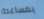
بمساعدة